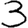
Digit: 3